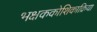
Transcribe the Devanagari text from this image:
भक्षककोशिकाक्रिया